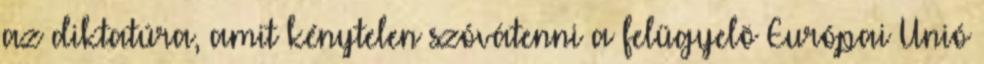
az diktatúra, amit kénytelen szóvátenni a felügyelõ Európai Unió